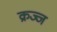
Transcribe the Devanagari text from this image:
क्रज्ज